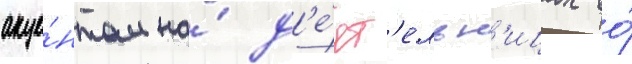
акце́нтом на́ д'е́ят'ельн'ицах во́